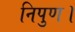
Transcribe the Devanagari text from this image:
निपुण।